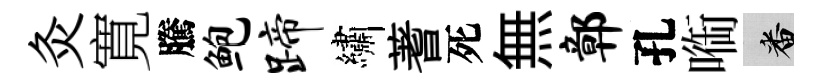
灸寛騰鲍蹄繡蓍死無鄣孔㗸番